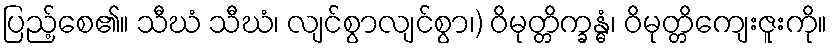
ပြည့်စေ၏။ သီဃံ သီဃံ၊ လျင်စွာလျင်စွာ၊) ဝိမုတ္တိက္ခန္ဓံ၊ ဝိမုတ္တိကျေးဇူးကို။